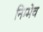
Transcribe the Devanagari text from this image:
निम्मेच